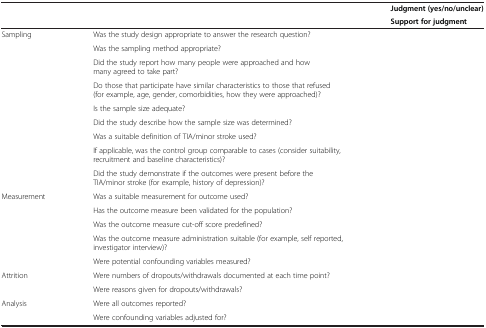
<table><thead><tr><td>[EMPTY_CELL]</td><td>[EMPTY_CELL]</td><td><b>Judgment (yes/no/unclear)</b></td></tr><tr><td>[EMPTY_CELL]</td><td>[EMPTY_CELL]</td><td><b>Support for judgment</b></td></tr></thead><tbody><tr><td>Sampling</td><td>Was the study design appropriate to answer the research question?</td><td>[EMPTY_CELL]</td></tr><tr><td>[EMPTY_CELL]</td><td>Was the sampling method appropriate?</td><td>[EMPTY_CELL]</td></tr><tr><td>[EMPTY_CELL]</td><td>Did the study report how many people were approached and how many agreed to take part?</td><td>[EMPTY_CELL]</td></tr><tr><td>[EMPTY_CELL]</td><td>Do those that participate have similar characteristics to those that refused (for example, age, gender, comorbidities, how they were approached)?</td><td>[EMPTY_CELL]</td></tr><tr><td>[EMPTY_CELL]</td><td>Is the sample size adequate?</td><td>[EMPTY_CELL]</td></tr><tr><td>[EMPTY_CELL]</td><td>Did the study describe how the sample size was determined?</td><td>[EMPTY_CELL]</td></tr><tr><td>[EMPTY_CELL]</td><td>Was a suitable definition of TIA/minor stroke used?</td><td>[EMPTY_CELL]</td></tr><tr><td>[EMPTY_CELL]</td><td>If applicable, was the control group comparable to cases (consider suitability, recruitment and baseline characteristics)?</td><td>[EMPTY_CELL]</td></tr><tr><td>[EMPTY_CELL]</td><td>Did the study demonstrate if the outcomes were present before the TIA/minor stroke (for example, history of depression)?</td><td>[EMPTY_CELL]</td></tr><tr><td>Measurement</td><td>Was a suitable measurement for outcome used?</td><td>[EMPTY_CELL]</td></tr><tr><td>[EMPTY_CELL]</td><td>Has the outcome measure been validated for the population?</td><td>[EMPTY_CELL]</td></tr><tr><td>[EMPTY_CELL]</td><td>Was the outcome measure cut-off score predefined?</td><td>[EMPTY_CELL]</td></tr><tr><td>[EMPTY_CELL]</td><td>Was the outcome measure administration suitable (for example, self reported, investigator interview)?</td><td>[EMPTY_CELL]</td></tr><tr><td>[EMPTY_CELL]</td><td>Were potential confounding variables measured?</td><td>[EMPTY_CELL]</td></tr><tr><td>Attrition</td><td>Were numbers of dropouts/withdrawals documented at each time point?</td><td>[EMPTY_CELL]</td></tr><tr><td>[EMPTY_CELL]</td><td>Were reasons given for dropouts/withdrawals?</td><td>[EMPTY_CELL]</td></tr><tr><td>Analysis</td><td>Were all outcomes reported?</td><td>[EMPTY_CELL]</td></tr><tr><td>[EMPTY_CELL]</td><td>Were confounding variables adjusted for?</td><td>[EMPTY_CELL]</td></tr></tbody></table>